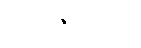
အပြစ်နှင့်အကျိုး